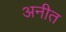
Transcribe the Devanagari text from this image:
अनीत